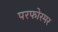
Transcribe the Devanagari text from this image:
परफोरमर